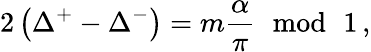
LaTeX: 2\left(\Delta^{+}-\Delta^{-}\right)=m\displaystyle\frac{\alpha}{\pi}\, \, \bmod\, \, 1\, ,